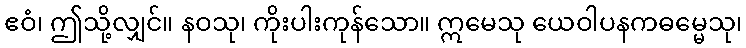
ဧဝံ၊ ဤသို့လျှင်။ နဝသု၊ ကိုးပါးကုန်သော။ ဣမေသု ယေဝါပနကဓမ္မေသု၊